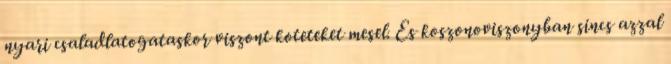
nyari csaladlatogataskor viszont koteteket mesel. Es koszonoviszonyban sincs azzal